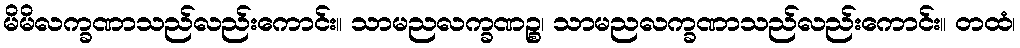
မိမိလက္ခဏာသည်လည်းကောင်း။ သာမညလက္ခဏဉ္စ၊ သာမညလက္ခဏာသည်လည်းကောင်း။ တထံ၊